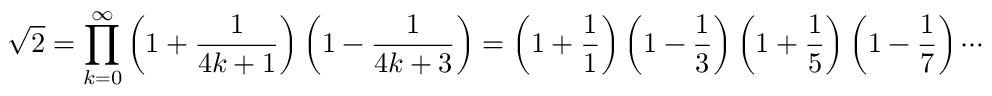
{ \sqrt { 2 } } = \prod _ { k = 0 } ^ { \infty } \left( 1 + { \frac { 1 } { 4 k + 1 } } \right) \left( 1 - { \frac { 1 } { 4 k + 3 } } \right) = \left( 1 + { \frac { 1 } { 1 } } \right) \left( 1 - { \frac { 1 } { 3 } } \right) \left( 1 + { \frac { 1 } { 5 } } \right) \left( 1 - { \frac { 1 } { 7 } } \right) \cdots .